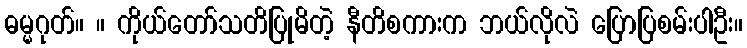
ဓမ္မဂုတ်။ ။ ကိုယ်တော်သတိပြုမိတဲ့ နီတိစကားက ဘယ်လိုလဲ ပြောပြစမ်းပါဦး။